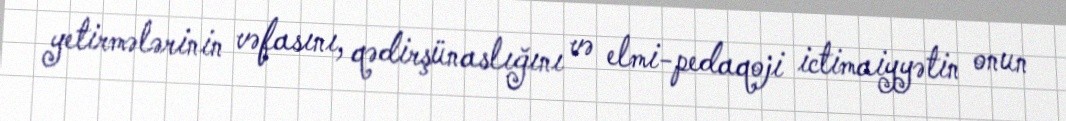
yetirmələrinin vəfasını, qədirşünaslığını və elmi-pedaqoji ictimaiyyətin onun